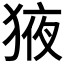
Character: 𭸕